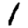
Digit: 1